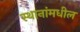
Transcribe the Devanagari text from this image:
स्थानांमधील